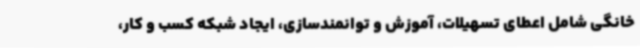
خانگی شامل اعطای تسهیلات، آموزش و توانمندسازی، ایجاد شبکه کسب و کار،